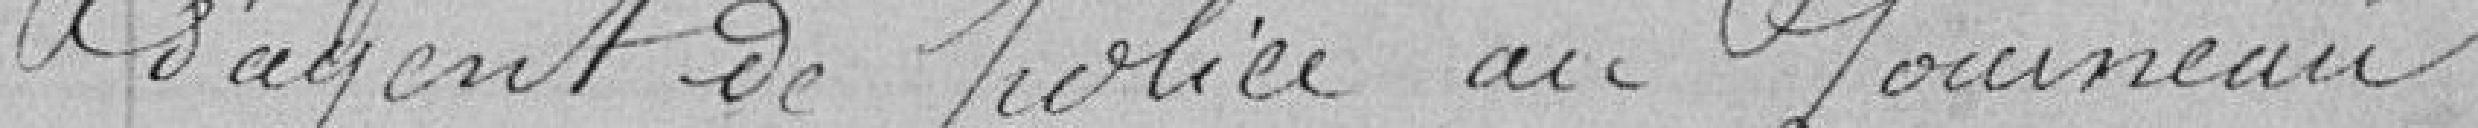
d'agent de police au fourneau